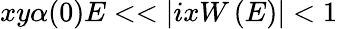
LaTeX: xy\alpha(0)E<<|ixW\left(E\right)|<1